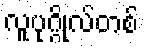
လူပုဂ္ဂိုလ်တစ်